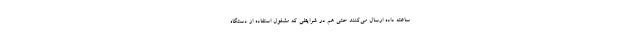
ساعته داده ارسال می‌کنند حتی هم در شرایطی که مشغول استفاده از دستگاه